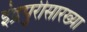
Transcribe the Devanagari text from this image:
इंद्रपुरीसारख्या